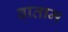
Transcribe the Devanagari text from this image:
वाताम